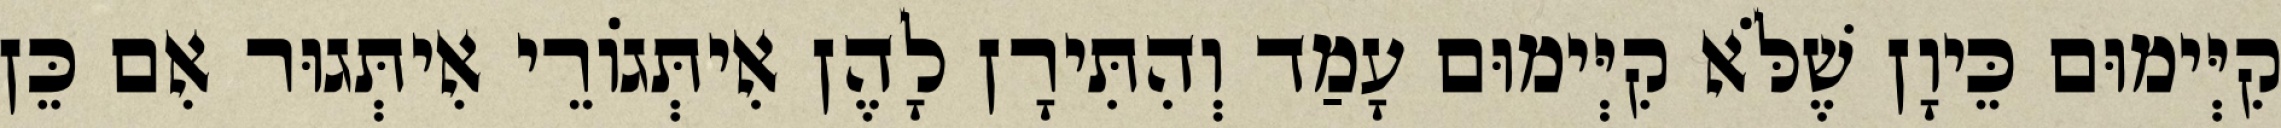
קִיְּימוּם כֵּיוָן שֶׁלֹּא קִיְּימוּם עָמַד וְהִתִּירָן לָהֶן אִיתְּגוֹרֵי אִיתְּגוּר אִם כֵּן